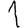
Digit: 1